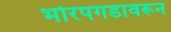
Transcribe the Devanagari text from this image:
भोरपगडावरून